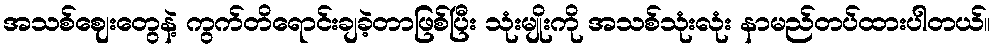
အသစ်ဈေးတွေနဲ့ ကွက်တိရောင်းချခဲ့တာဖြစ်ပြီး သုံးမျိုးကို အသစ်သုံးလုံး နာမည်တပ်ထားပါတယ်။